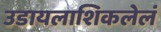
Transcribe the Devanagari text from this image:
उडायलाशिकलेलं